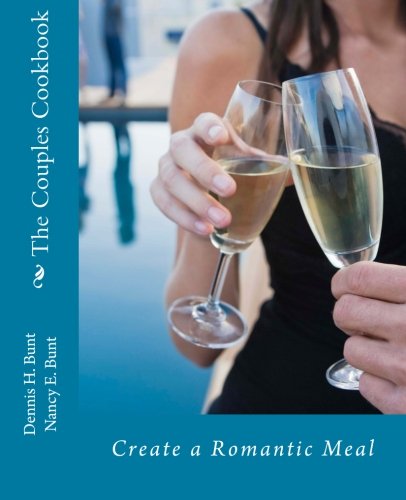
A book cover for The Couples Cookbook; Dennis Bunt; Cookbooks, Food & Wine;